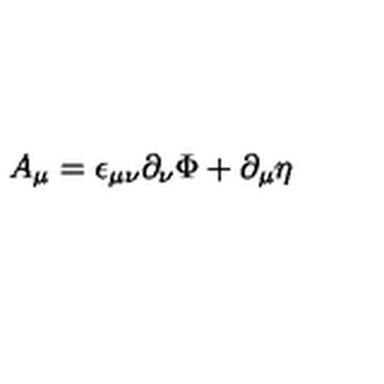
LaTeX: A _ { \mu } = \epsilon _ { \mu \nu } \partial _ { \nu } \Phi + \partial _ { \mu } \eta